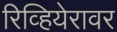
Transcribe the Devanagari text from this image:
रिव्हियेरावर